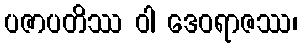
ပဇာပတိဿ ဝါ ဒေဝရာဇဿ၊